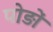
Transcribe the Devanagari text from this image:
पोड़ों